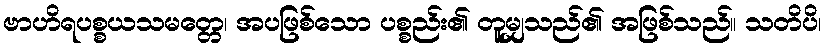
ဗာဟိရပစ္စယသမတ္တေ၊ အပဖြစ်သော ပစ္စည်း၏ တူမျှသည်၏ အဖြစ်သည်။ သတိပိ၊